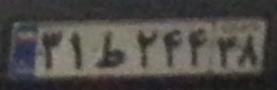
۳۱ط۲۴۴۳۸